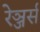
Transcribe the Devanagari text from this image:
रेञ्जर्स